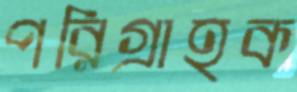
পরিগ্রাহক